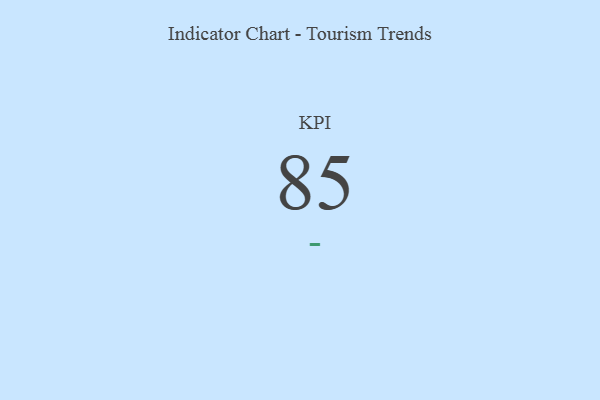
{"axis": {"x": "KPI", "y": "Value"}, "legend": [""], "data": [{"x": "KPI", "y": 85, "type": ""}]}